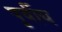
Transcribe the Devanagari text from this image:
पुर्वीय